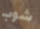
شوب